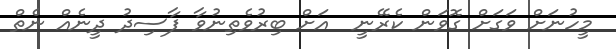
މީހުނަށް ވަގަށް ގޮވަން ކެރޭނީ  އަށް ބިރުވެތިނުވާ ފާސިދު ދީނެއް ނެތް